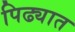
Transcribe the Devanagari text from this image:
पिढ्यात